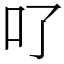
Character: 𠮩